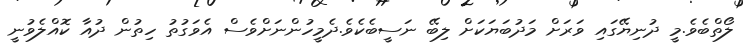
ލޯތްބެވެ.މީ ދުނިޔޭގައި ވަރަށް މަދުބަޔަކަށް ލިބޭ ނަސީބެކެވެ.ދެމީހުންނަށްވެސް އެވަގުތު ހިތުން ދުއާ ކޮއްލެވުނީ